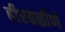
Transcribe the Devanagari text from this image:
हीरवळीणे